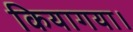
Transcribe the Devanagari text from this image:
कियागया।